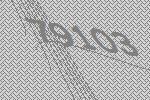
79103